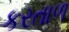
કરતાળ